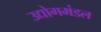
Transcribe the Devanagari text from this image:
उद्योगमंडल